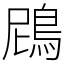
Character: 䲿